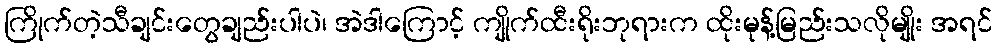
ကြိုက်တဲ့သီချင်းတွေချည်းပါပဲ၊ အဲဒါကြောင့် ကျိုက်ထီးရိုးဘုရားက ထိုးမုန့်မြည်းသလိုမျိုး အရင်